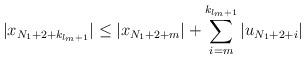
LaTeX: \begin{align*}|x_{N_1+2+k_{l_{m}+1}}|\le |x_{N_1+2+m}| +\sum^{k_{l_m+1}}_{i=m}|u_{N_1+2+i}|\end{align*}